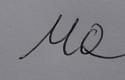
Signature authenticity: forged